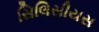
સિલિસીયસ